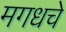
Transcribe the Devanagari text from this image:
मगधचे